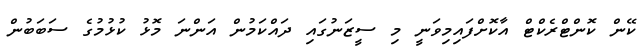
ކޭން ކޮންޓްރެކްޓް އާކޮށްފައިމިވަނީ މި ސީޒަނުގައި ދައްކަމުން އަންނަ މޮޅު ކުޅުމުގެ ސަބަބުން